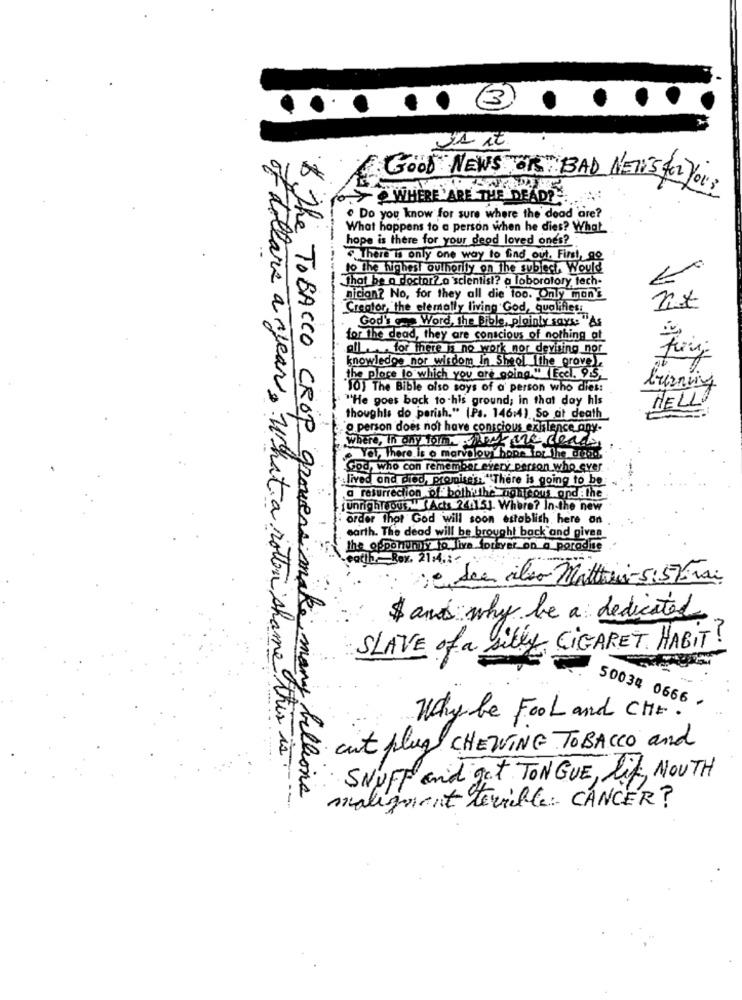
3
Good NEWS OR BAD NEWS for You.
> WHERE 'ARE THE DEAD ?-..
Do you know for sure where the dead are?
What happens to a person when he dies? What
hope is there for your deod loved ones?
There is only one way to find out. First, go
to the highest authority on the subject, Would
That be a doctorz.a scientist? a laboratory tech-
nician? No, for they all die too. Only mon's
Creator, the elemolly living God, qualifies:
God's Word, the Bible, plainly says: "As
for the dead, they are conscious of nothing at
all for there is no work nor devising nor
knowledge nor wisdom In Sheol the grove)
the place to which you are going." Ecel. 9:5,
"10) The Bible also says of a person who dies:
burning
"He goes back to -his ground; in that day his
HELLO
thoughts do parish." (Ps. 146:4). So at death
"o person does not have conscious existence any-
Where, In any form hurt me deacs
Yet, There is o marvelovi hope for the dead
God, who con remember every person who ever
lived and died, promises" There is going to be
@ resurrection of bothitthe nightcous and : the
unrighteous," Acts 24.151. Where? In-the new
order that God will soon establish, here on
earth. The dead will be brought back and given
the ogponumiy to live fotkyet on a paradise
cati Box. 21.4 .: +
10 dea vilso Matthei-5:51Frai
$ and why be a dedicated
SLAVE of a silly CIGARET HABIT?
50034 0666 /
Why be Fool and CHE.
cut plug CHEWING TOBACCO and
SNUFF and get TONGUE, lif, NOUTH
& The TOBACCO CROP growers make many billions
malignant terrible: CANCER?
of dollars a year. what a rotten shame this is ...